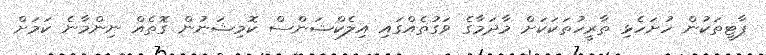
ޕާޓީތަކުން ހުށަހެޅި ތާރީހުތަކަކަށް މާދަމާގެ ވަގުތެއްގައި އިލެކްޝަންސް ކޮމިޝަނުން ގޮތެއް ނިންމާނެ ކަމަށް